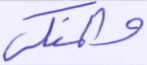
والمنكر